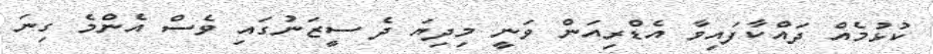
ކުޅުމެއް ދައްކާފައިވާ އެޑްރިއަން ވަނީ މިދިޔަ ދެ ސީޒަނުގައި ވެސް އެންމެ ގިނަ